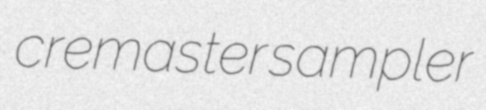
cremaster sampler